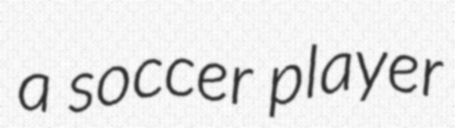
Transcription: a soccer player